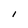
Character: I